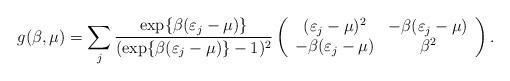
LaTeX: \begin{align*}g(\beta,\mu) = \sum_j \frac{\exp\{\beta(\varepsilon_j - \mu)\}}{(\exp\{\beta(\varepsilon_j - \mu)\} - 1)^2} \left( \begin{array}{c c}(\varepsilon_j - \mu)^2 & - \beta(\varepsilon_j - \mu)\\-\beta(\varepsilon_j - \mu) & \beta^2\end{array}\right).\end{align*}